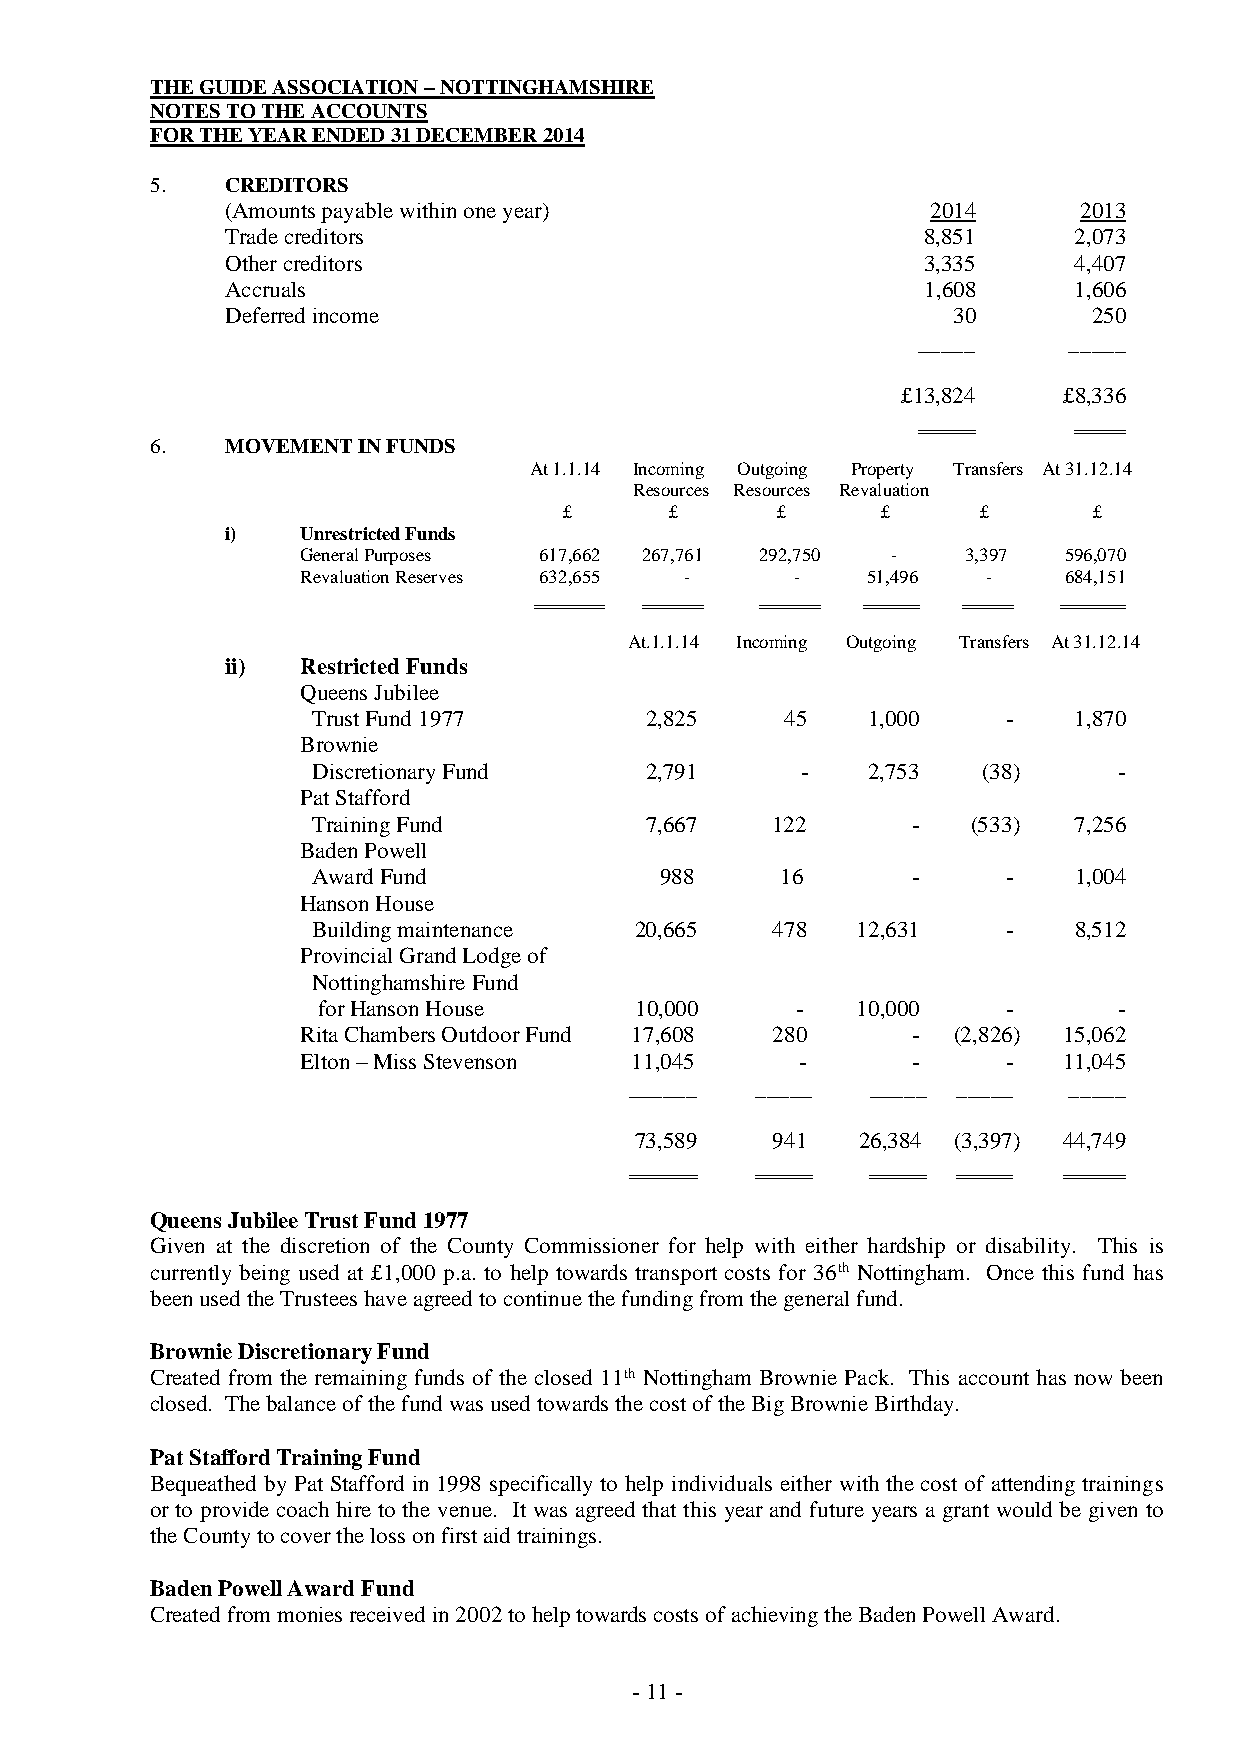
THE GUIDE ASSOCIATION – NOTTINGHAMSHIRE
 NOTES TO THE ACCOUNTS
 FOR THE YEAR ENDED 31 DECEMBER 2014
 5.   CREDITORS
 (Amounts payable within one year)              2014     2013
 Trade creditors                               8,851     2,073
 Other creditors                               3,335     4,407
 Accruals                                      1,608     1,606
 Deferred income                                 30       250
 _____     _____
 £13,824   £8,336
 6.   MOVEMENT IN FUNDS
 At 1.1.14 Incoming Outgoing Property Transfers At 31.12.14
 Resources Resources Revaluation
 £      £      £      £      £      £
 i)   Unrestricted Funds
 General Purposes 617,662 267,761 292,750 -  3,397 596,070
 Revaluation Reserves 632,655 -   -   51,496  -    684,151
 At.1.1.14 Incoming Outgoing Transfers At 31.12.14
 ii)  Restricted Funds
 Queens Jubilee
 Trust Fund 1977       2,825    45   1,000     -   1,870
 Brownie
 Discretionary Fund    2,791     -   2,753   (38)     -
 Pat Stafford
 Training Fund         7,667   122      -   (533)  7,256
 Baden Powell
 Award Fund             988     16      -      -   1,004
 Hanson House
 Building maintenance 20,665   478   12,631    -   8,512
 Provincial Grand Lodge of
 Nottinghamshire Fund
 for Hanson House     10,000     -   10,000    -      -
 Rita Chambers Outdoor Fund 17,608 280   -  (2,826) 15,062
 Elton – Miss Stevenson 11,045    -      -      -  11,045
 ______  _____   _____ _____  _____
 73,589   941   26,384 (3,397) 44,749
 Queens Jubilee Trust Fund 1977
 Given at the discretion of the County Commissioner for help with either hardship or disability. This is
 currently being used at £1,000 p.a. to help towards transport costs for 36th Nottingham. Once this fund has
 been used the Trustees have agreed to continue the funding from the general fund.
 Brownie Discretionary Fund
 Created from the remaining funds of the closed 11th Nottingham Brownie Pack. This account has now been
 closed. The balance of the fund was used towards the cost of the Big Brownie Birthday.
 Pat Stafford Training Fund
 Bequeathed by Pat Stafford in 1998 specifically to help individuals either with the cost of attending trainings
 or to provide coach hire to the venue. It was agreed that this year and future years a grant would be given to
 the County to cover the loss on first aid trainings.
 Baden Powell Award Fund
 Created from monies received in 2002 to help towards costs of achieving the Baden Powell Award.
 - 11 -